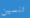
تنسين